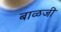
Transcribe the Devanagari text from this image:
बाळजी